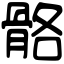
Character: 骼